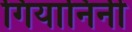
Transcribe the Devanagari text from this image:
गियानिनी